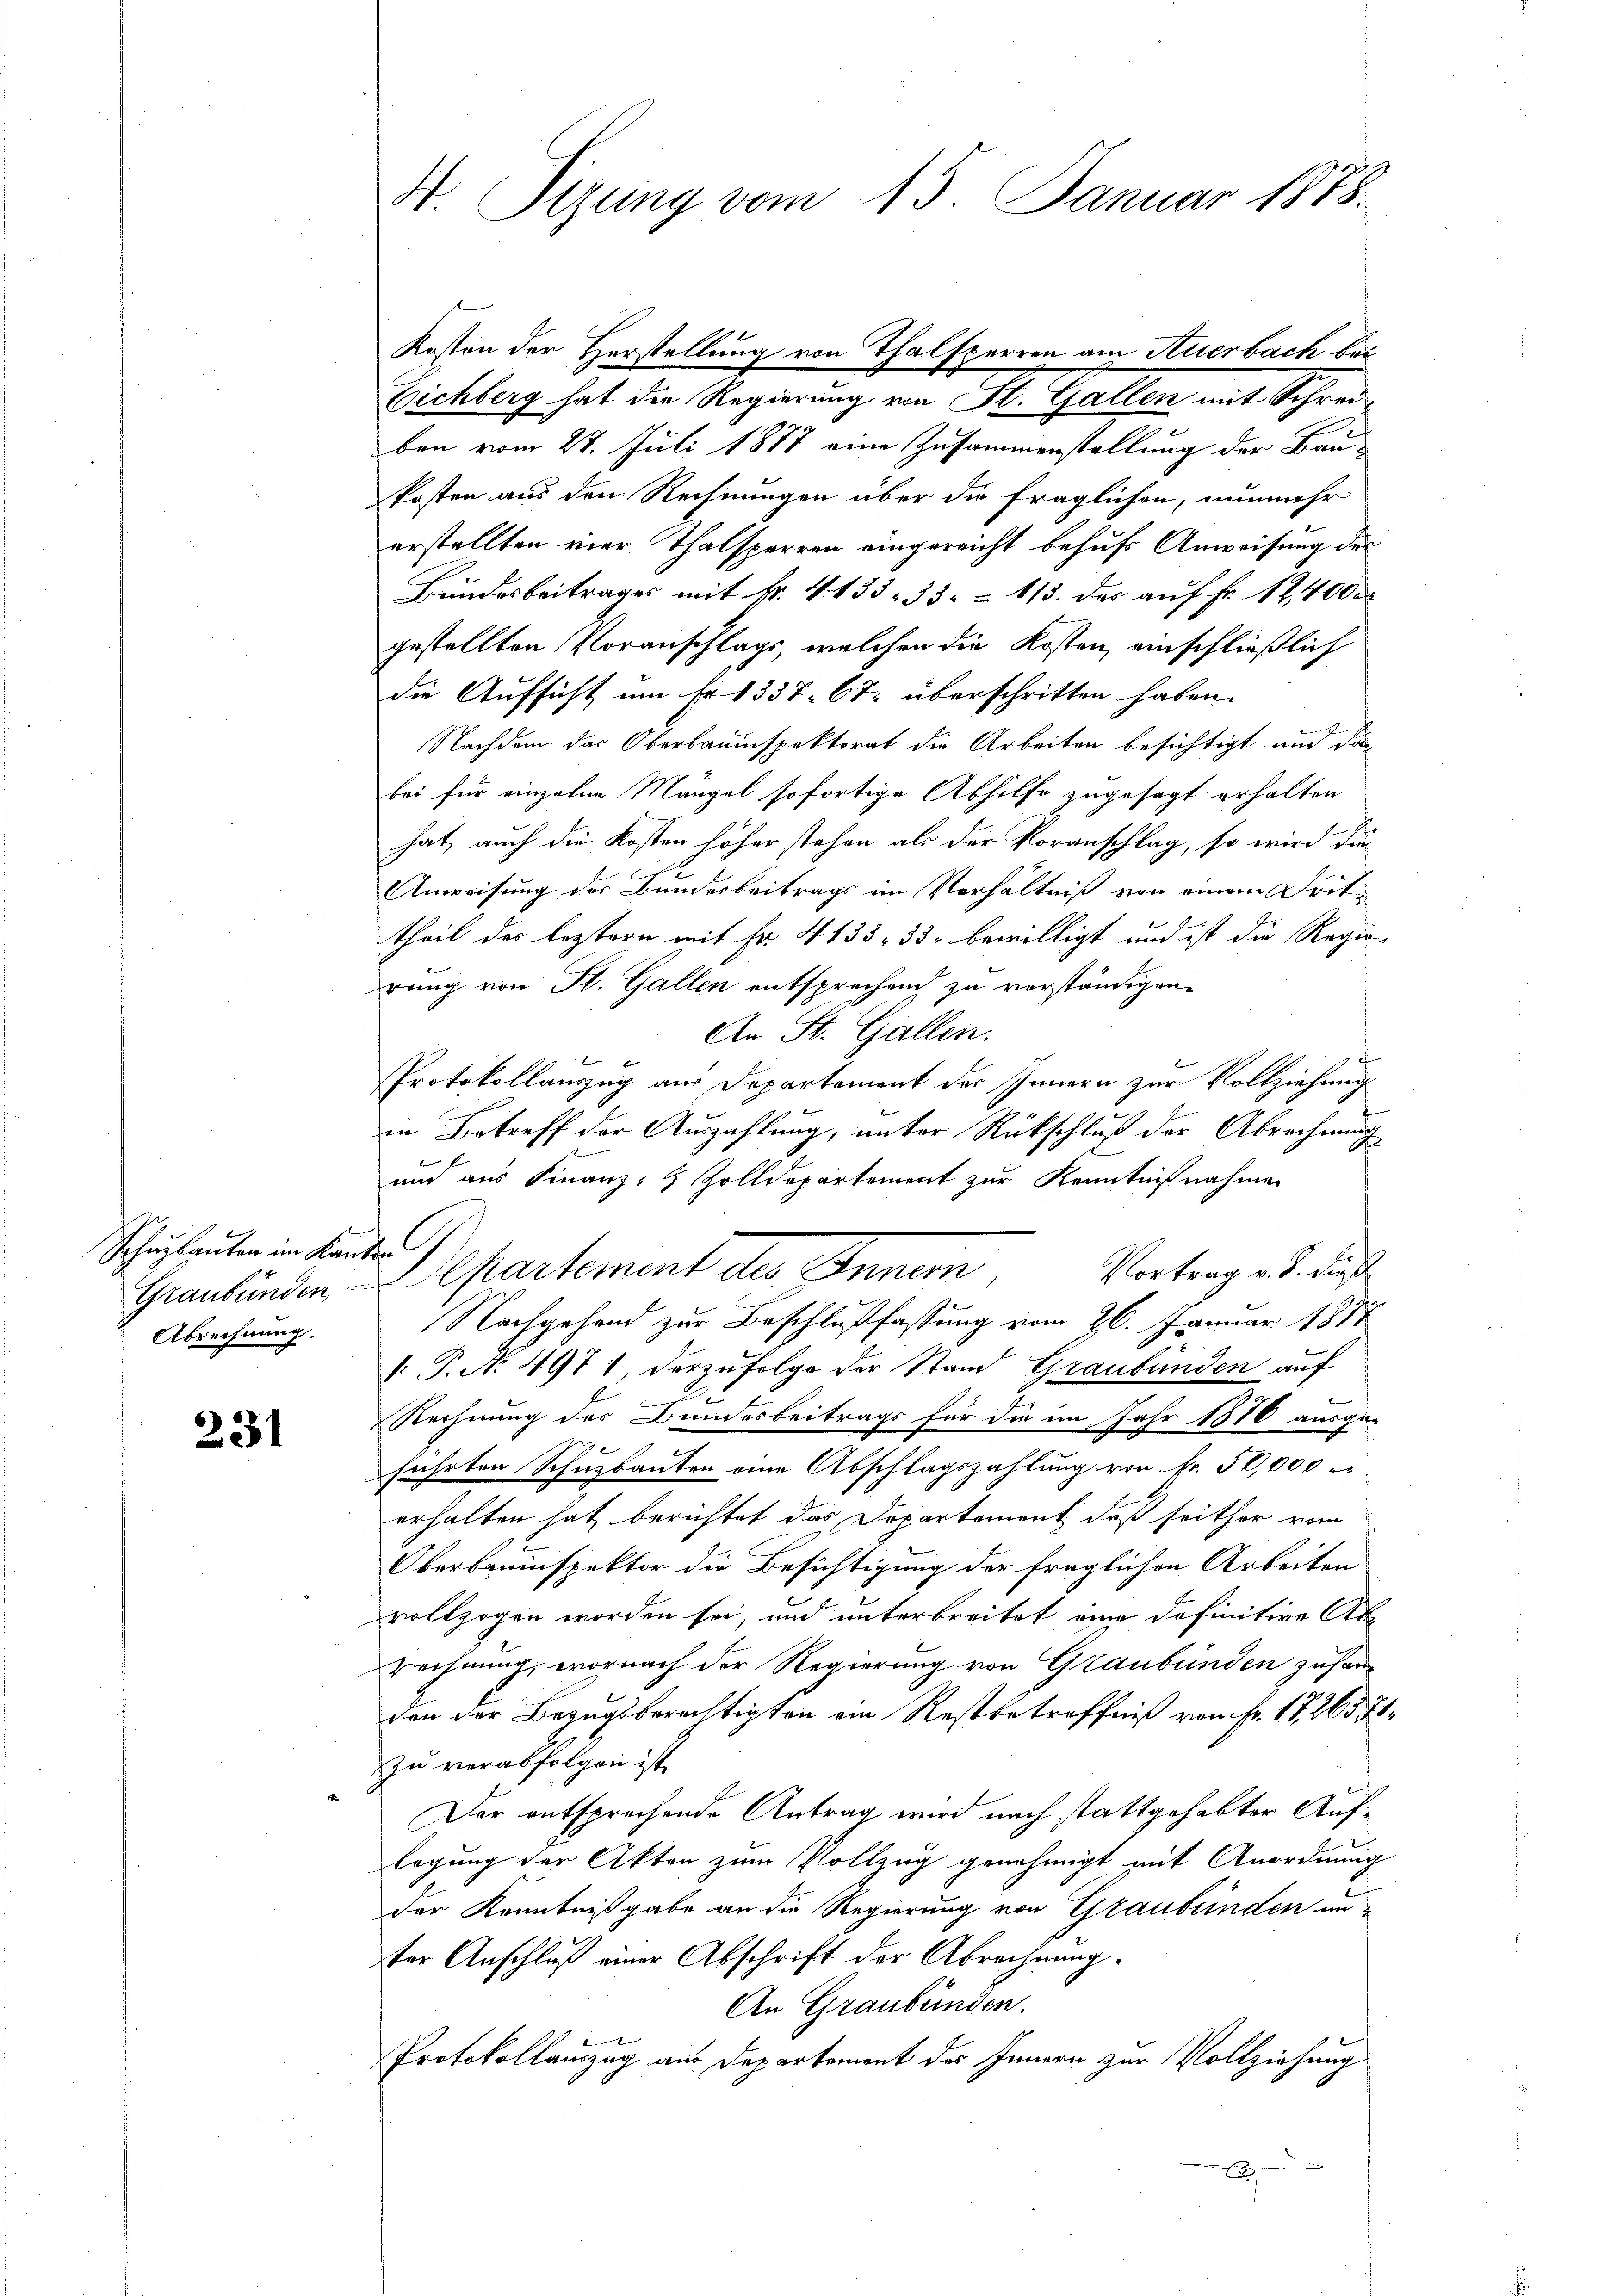
Schuzbauten im Kanton
Abrechnung.

231

H Sizung vom 15. Januar 1878.

Eichberg hat die Regierung von St. Gallen mit Schreiben vom 27. Juli 1877 eine Zusammenstellung der Baukosten aus dem Rechnungen über die fraglichen, nunmehr
erstellten vier Thalsperren eingereicht behufs Anweisung des
Bundesbeitrages mit k. 4133 33 1/3. das auf Fr. 12,400 er
gestellten Voranschlags, welchen die Kosten, einschließlich
die Aufsicht um Fr. 1337. 67. überschritten haben.
e
Nachdem das Oberbauinspektorat die Arbeiten besichtigt und das
bei für einzelne Mangel sofortige Abhilfe zugesagt erhalten
hat, auch die Kosten höher stehen als der Voranschlag, so wird die
Anweisung des Bundesbeitrags im Verhältniß von einem Drittheil des leztern mit fr. 4133 33 bewilligt und ist die Regiereng von St. Gallen entsprechend zu verständigen.
An St. Gallen.
d
b
Protokollanzug aus Departement des Innern zur Vollziehung
in Betreff der Auszahlung, unter Rückschluß der Abrechnung
und aus Finanz- & Zolldepartement zur Kenntnißnahmen
Vortrag v. J. dieß
Graubünden, partement des Innern
Nachgehand zur Beschlußfassung vom 26. Januar 1877
[: P. N. 497 1, derzufolge der Stand Graubünden auf
Rechnung des Bundesbeitrags für die im Jahr 1880 ausge-
fahrten Schusbauten eine Abschlagszahlung von Fr. 50,000
erhalten hat berichtet das Departement, daß seither vom
Oberbauinspektor die Besichtigung der fraglichen Arbeiten
vollzogen worden sei, und unterbreitet eine definitive Ab-
rechnung, wornach der Regierung von Graubünden zusamden der Bezugsberechtigten am Rostbetreffniß von Fr. 17, 265, 11
zu verabfolgen ist.
Der entsprechende Antrag wird nach stattgehabter Auflegung der Akten zum Vollzug genehmigt mit Anordnung
der Kenntnißgabe an die Regierung von Graubünden in
ter Anschluß einer Abschrift der Abrechnung.
An Graubünden.
Protokollauszug aus Departement des Innern zur Vollziehung

Kosten der Herstellung von Thalsperren am Auerbach bei